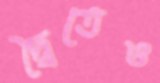
দ্বৈতেও